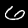
Digit: 6